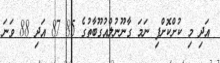
އަދި މި ކުށްކޮށްފި ނަމަ ގާނޫނުލްއުގޫބާތުގެ 85 87 އަދި 88 ވަނަ